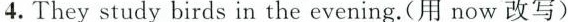
4. Theystudy birds in the evening.(用